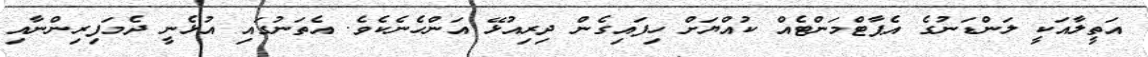
އަތީލާއަކީ ލަންޑަނުގެ އެޕާޓްމަންޓެއް ކުއްޔަށް ހިފައިގެން ދިރިއުޅޭ އަންހެނެކެވެ. އެތަނުގައި އުޅެނީ ދެމަފިރިންނާއި